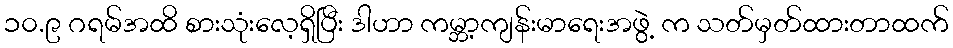
၁၀.၉ ဂရမ်အထိ စားသုံးလေ့ရှိပြီး ဒါဟာ ကမ္ဘာ့ကျန်းမာရေးအဖွဲ့ က သတ်မှတ်ထားတာထက်